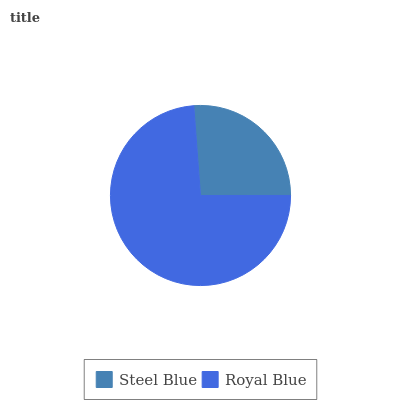
| Steel Blue | Royal Blue |
 | --- | --- |
 | 26.2% | 73.8% |